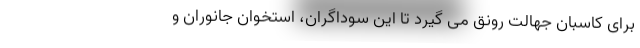
برای کاسبان جهالت رونق می گیرد تا این سوداگران، استخوان جانوران و